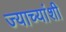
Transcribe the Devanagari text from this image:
ज्याच्यांशी